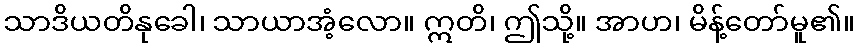
သာဒိယတိနုခေါ၊ သာယာအံ့လော။ ဣတိ၊ ဤသို့။ အာဟ၊ မိန့်တော်မူ၏။